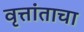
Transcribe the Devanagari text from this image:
वृत्तांताचा